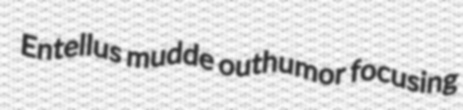
Entellus mudde outhumor focusing